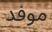
موفد